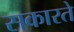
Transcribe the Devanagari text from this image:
सकारते